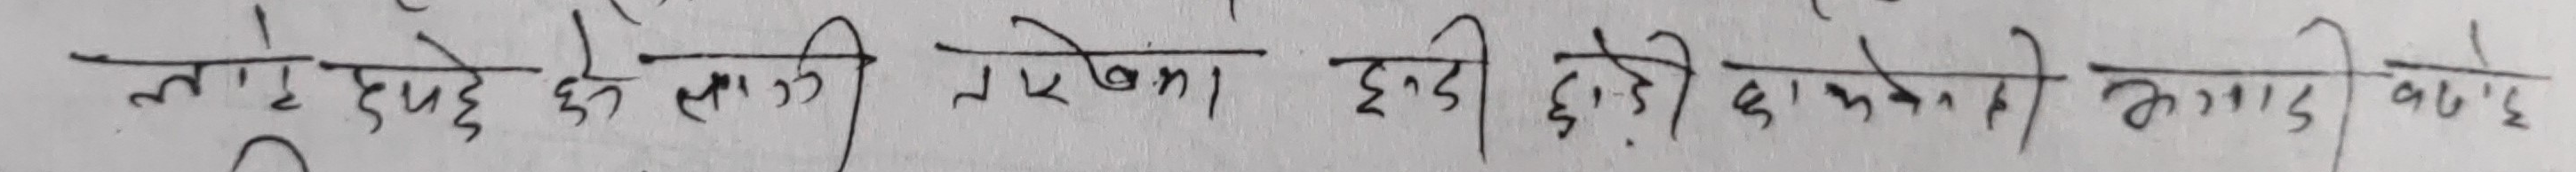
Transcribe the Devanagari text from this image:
लाई दिएको छैन साथै नपरेका झै झैँ काम्पन काटी